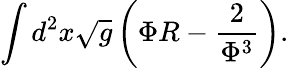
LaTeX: \int d^{2}x\sqrt{g}\left(\Phi R-\frac{2}{\Phi^{3}}\right).